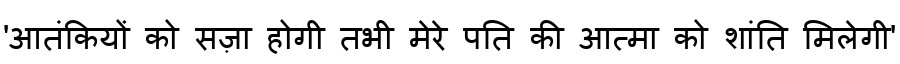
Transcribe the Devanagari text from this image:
'आतंकियों को सज़ा होगी तभी मेरे पति की आत्मा को शांति मिलेगी'